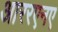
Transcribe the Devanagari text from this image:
आररएनए